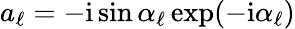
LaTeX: a_{\ell}=-\mathrm{i}\sin{\alpha_{\ell}}\exp(-\mathrm{i}\alpha_{\ell})